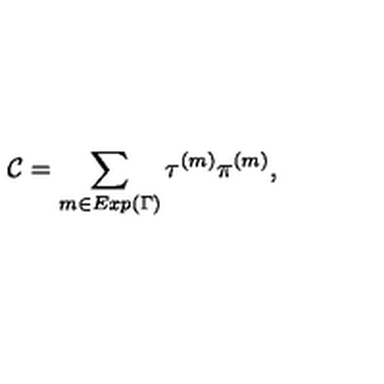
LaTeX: { \cal C } = \sum _ { m \in E x p ( \Gamma ) } \tau ^ { ( m ) } \pi ^ { ( m ) } ,